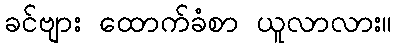
ခင်ဗျား ထောက်ခံစာ ယူလာလား။